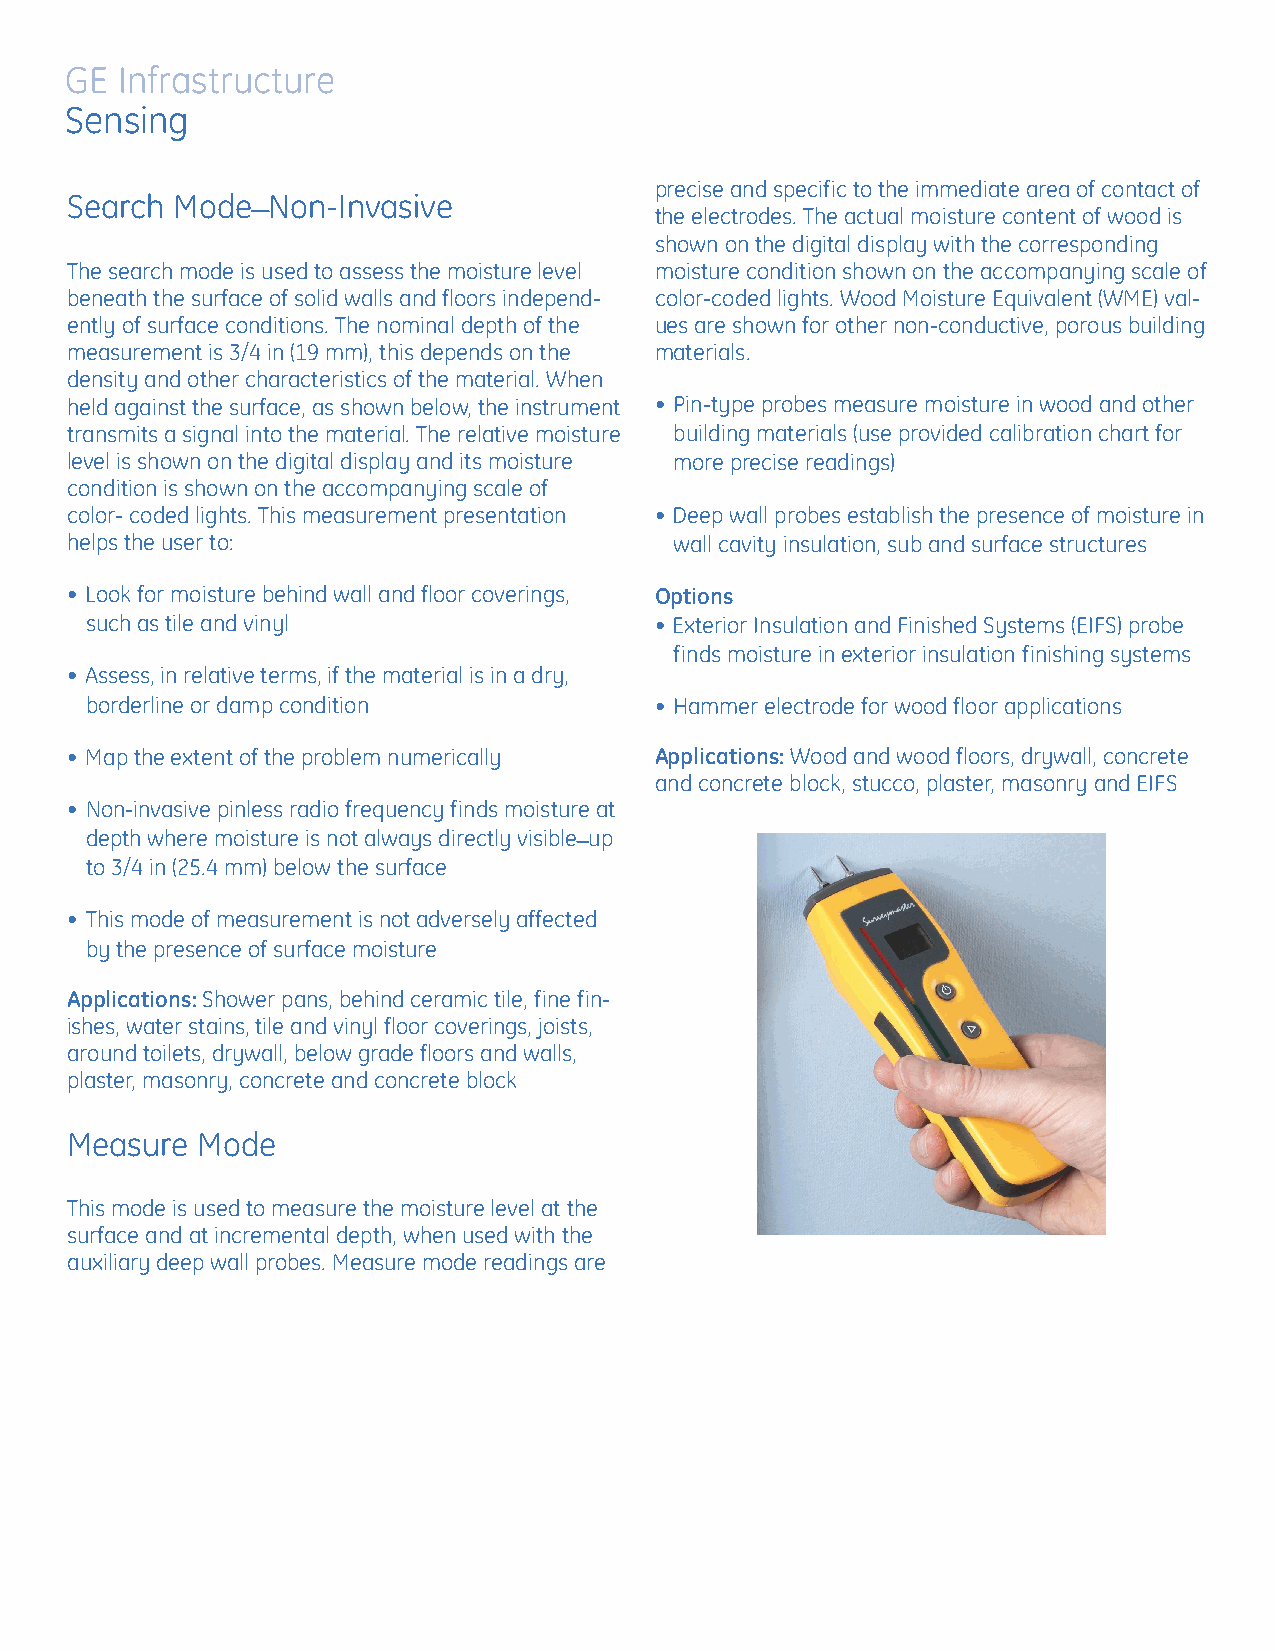
GE  Infrastructure
 Sensing
 _                         precise and specific to the immediate area of contact of
 Search Mode   Non-Invasive
 the electrodes. The actual moisture content of wood is
 shown on the digital display with the corresponding
 The search mode is used to assess the moisture level moisture condition shown on the accompanying scale of
 beneath the surface of solid walls and floors independ- color-coded lights. Wood Moisture Equivalent (WME) val-
 ently of surface conditions. The nominal depth of the ues are shown for other non-conductive, porous building
 measurement is 3/4 in (19 mm), this depends on the materials.
 density and other characteristics of the material. When
 held against the surface, as shown below, the instrument • Pin-type probes measure moisture in wood and other
 transmits a signal into the material. The relative moisture building materials (use provided calibration chart for
 level is shown on the digital display and its moisture more precise readings)
 condition is shown on the accompanying scale of
 color- coded lights. This measurement presentation • Deep wall probes establish the presence of moisture in
 helps the user to:                       wall cavity insulation, sub and surface structures
 • Look for moisture behind wall and floor coverings, Options
 such as tile and vinyl               • Exterior Insulation and Finished Systems (EIFS) probe
 finds moisture in exterior insulation finishing systems
 • Assess, in relative terms, if the material is in a dry,
 borderline or damp condition         • Hammer electrode for wood floor applications
 • Map the extent of the problem numerically Applications:Wood and wood floors, drywall, concrete
 and concrete block, stucco, plaster, masonry and EIFS
 • Non-invasive pinless radio frequency finds moisture at
 _
 depth where moisture is not always directly visible up
 to 3/4 in (25.4 mm) below the surface
 • This mode of measurement is not adversely affected
 by the presence of surface moisture
 Applications:Shower pans, behind ceramic tile, fine fin-
 ishes, water stains, tile and vinyl floor coverings, joists,
 around toilets, drywall, below grade floors and walls,
 plaster, masonry, concrete and concrete block
 Measure  Mode
 This mode is used to measure the moisture level at the
 surface and at incremental depth, when used with the
 auxiliary deep wall probes. Measure mode readings are